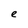
Character: e